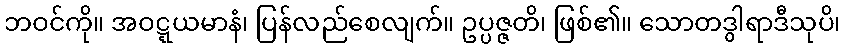
ဘဝင်ကို။ အဝဋ္ဋယမာနံ၊ ပြန်လည်စေလျက်။ ဥပ္ပဇ္ဇတိ၊ ဖြစ်၏။ သောတဒွါရာဒီသုပိ၊